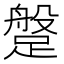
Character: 𨃞